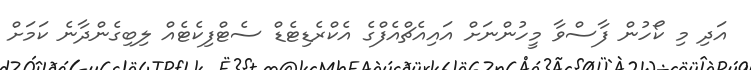
އަދި މި ކޯހުން ފާސްވާ މީހުންނަށް އައިއެޗްއެފްގެ އެކްރެޑިޓެޑް ސެޓްފިކެޓެއް ލިބިގެންދާނެ ކަމަށް